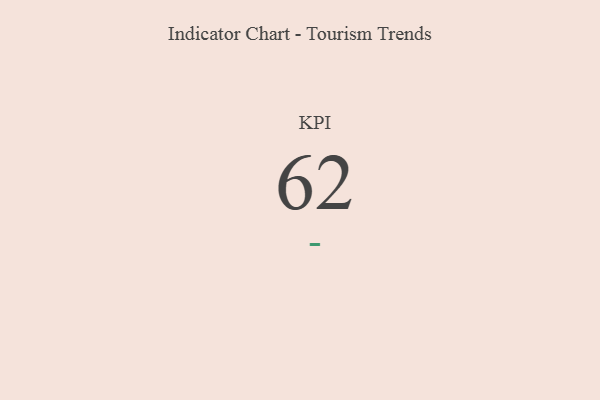
{"axis": {"x": "KPI", "y": "Value"}, "legend": [""], "data": [{"x": "KPI", "y": 62, "type": ""}]}